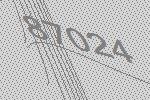
87024